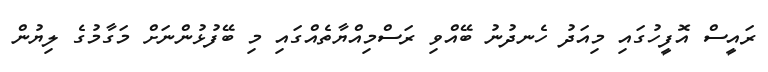
ރައީސް އޮފީހުގައި މިއަދު ހެނދުނު ބޭއްވި ރަސްމިއްޔާތެއްގައި މި ބޭފުޅުންނަށް މަގާމުގެ ލިޔުން